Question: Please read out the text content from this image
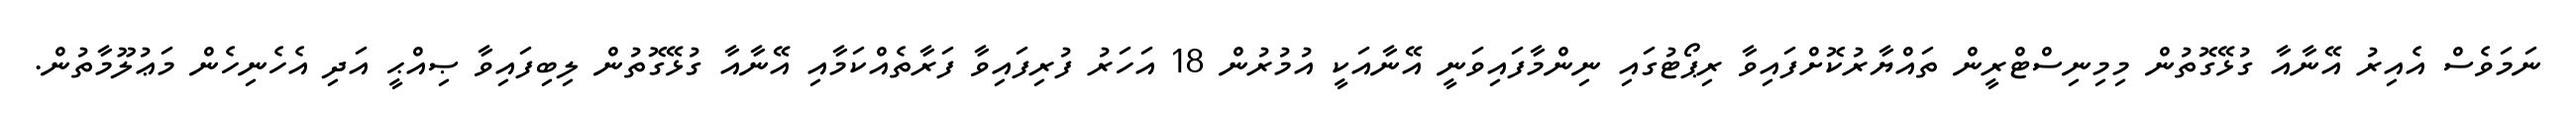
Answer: ނަމަވެސް އެއިރު އޭނާއާ ގުޅޭގޮތުން މިމިނިސްޓްރީން ތައްޔާރުކޮށްފައިވާ ރިޕޯޓުގައި ނިންމާފައިވަނީ އޭނާއަކީ އުމުރުން 18 އަހަރު ފުރިފައިވާ ފަރާތެއްކަމާއި އޭނާއާ ގުޅޭގޮތުން ލިބިފައިވާ ޞިއްޙީ އަދި އެހެނިހެން މަޢުލޫމާތުން.